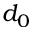
d _ { 0 }